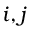
i , j